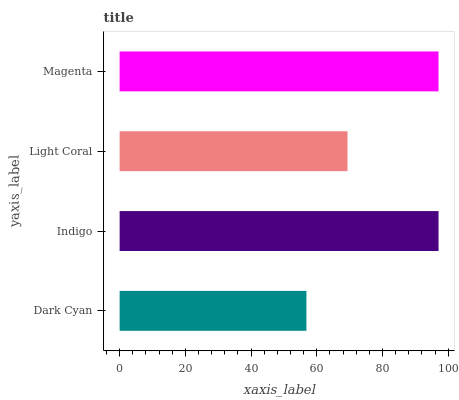
| yaxis_label | bars |
 | --- | --- |
 | Dark Cyan | 56.9 |
 | Indigo | 97.1 |
 | Light Coral | 69.3 |
 | Magenta | 97.1 |